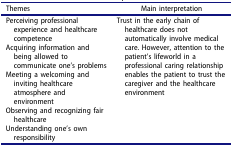
<table><thead><tr><td><b>Themes</b></td><td><b>Main interpretation</b></td></tr></thead><tbody><tr><td>Perceiving professional experience and healthcare competence</td><td rowspan="5">Trust in the early chain of healthcare does not automatically involve medical care. However, attention to the patient’s lifeworld in a professional caring relationship enables the patient to trust the caregiver and the healthcare environment</td></tr><tr><td>Acquiring information and being allowed to communicate one’s problems</td></tr><tr><td>Meeting a welcoming and inviting healthcare atmosphere and environment</td></tr><tr><td>Observing and recognizing fair healthcare</td></tr><tr><td>Understanding one’s own responsibility</td></tr></tbody></table>